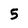
Character: 5